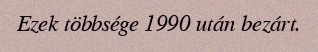
Ezek többsége 1990 után bezárt.